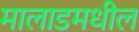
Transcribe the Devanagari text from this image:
मालाडमधील